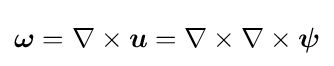
{\boldsymbol {\omega }}=\nabla \times {\boldsymbol {u}}=\nabla \times \nabla \times {\boldsymbol {\psi }}